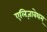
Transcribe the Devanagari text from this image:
एलिज़ाबेथम्